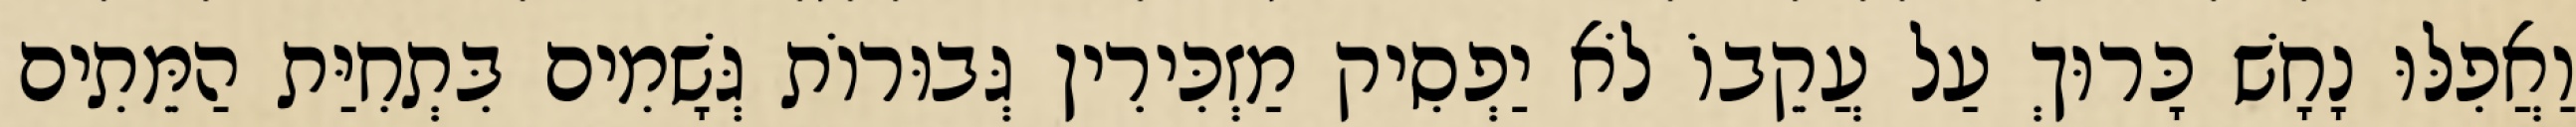
וַאֲפִלּוּ נָחָשׁ כָּרוּךְ עַל עֲקֵבוֹ לֹא יַפְסִיק מַזְכִּירִין גְּבוּרוֹת גְּשָׁמִים בִּתְחִיַּת הַמֵּתִים